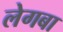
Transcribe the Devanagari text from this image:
लेगबा